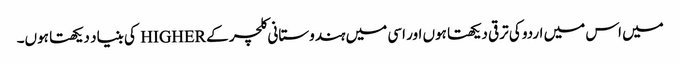
میں اس میں اردو کی ترقی دیکھتا ہوں اور اسی میں ہندوستانی کلچر کے HIGHER کی بنیاد دیکھتا ہوں۔